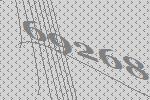
69268